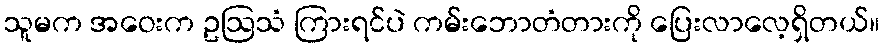
သူမက အဝေးက ဥဩသံ ကြားရင်ပဲ ကမ်းဘောတံတားကို ပြေးလာလေ့ရှိတယ်။